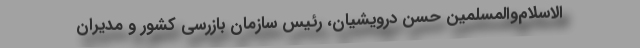
‌الاسلام‌والمسلمین حسن درویشیان، رئیس سازمان بازرسی کشور و مدیران